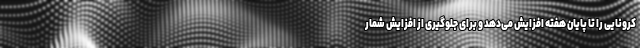
کرونایی را تا پایان هفته افزایش می‌دهد و برای جلوگیری از افزایش شمار